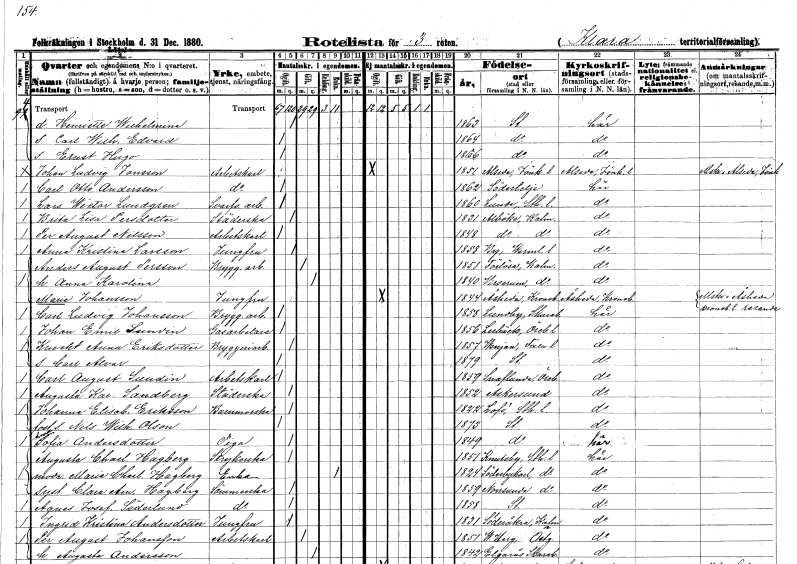
gt_parse: households: individuals: FN: Henriette Wilhelmina
KON: K
CIV: O
FODAR: 1863
FODFORS: Stockholm
FN: Carl Wilhelm Edvard
KON: M
CIV: O
FODAR: 1864
FODFORS: Stockholm
FN: Ernst Hugo
KON: M
CIV: O
FODAR: 1866
FODFORS: Stockholm
FN: Johan Ludvig
EN: Jonsson
YRKE: Arbetskarl
KON: M
CIV: O
FODAR: 1851
FODFORS: Alseda Jönköpings län
FN: Carl Otto
EN: Andersson
YRKE: Arbetskarl
KON: M
CIV: O
FODAR: 1862
FODFORS: Södertälje Stockholms län
FN: Lars Wictor
EN: Lundgren
YRKE: Svarveriarbetare
KON: M
CIV: O
FODAR: 1860
FODFORS: Lunda Stockholms län
FN: Brita Lisa
EN: Persdotter
YRKE: Städerska
KON: K
CIV: O
FODAR: 1831
FODFORS: Alböke Kalmar län
FN: Per August
EN: Nilsson
YRKE: Arbetskarl
KON: M
CIV: O
FODAR: 1848
FODFORS: Alböke Kalmar län
FN: Anna Kristina
EN: Larsson
YRKE: Jungfru
KON: K
CIV: O
FODAR: 1858
FODFORS: By Värmlands län
FN: Anders August
EN: Persson
YRKE: Bryggeriarbetare
KON: M
CIV: G
FODAR: 1851
FODFORS: Förlösa Kalmar län
FN: Anna Karolina
KON: K
CIV: G
FODAR: 1840
FODFORS: Virserum Kalmar län
FN: Maria
EN: Johansson
YRKE: Jungfru
KON: K
CIV: O
FODAR: 1844
FODFORS: Åseda Kronobergs län
FN: Carl Ludvig
EN: Johansson
YRKE: Bryggeriarbetare
KON: M
CIV: O
FODAR: 1858
FODFORS: Lundby Skaraborgs län
FN: Johan Emil
EN: Sundin
YRKE: Gasarbetare
KON: M
CIV: O
FODAR: 1856
FODFORS: Lerbäck Örebro län
FN: Kneckt Anna
EN: Eriksdotter
YRKE: Bryggeriarbetare
KON: K
CIV: O
FODAR: 1857
FODFORS: Venjan Kopparbergs län
FN: Carl Alvar
KON: M
CIV: O
FODAR: 1879
FODFORS: Stockholm
FN: Carl August
EN: Sundin
YRKE: Arbetskarl
KON: M
CIV: O
FODAR: 1859
FODFORS: Snavlunda Örebro län
FN: Augusta Karolina
EN: Sandberg
YRKE: Städerska
KON: K
CIV: O
FODAR: 1852
FODFORS: Askersund Örebro län
FN: Johanna Elisabet
EN: Eriksson
YRKE: Barnmorska
KON: K
CIV: O
FODAR: 1822
FODFORS: Lovö Stockholms län
FN: Nils Wilhelm
EN: Olson
KON: M
CIV: O
FODAR: 1873
FODFORS: Stockholm
FN: Anna Sofia
EN: Andersdotter
YRKE: Piga
KON: K
CIV: O
FODAR: 1849
FODFORS: Stockholm
FN: Augusta Charlotta
EN: Hagberg
YRKE: Strykerska
KON: K
CIV: O
FODAR: 1851
FODFORS: Knutby Uppsala län
FN: Maria Charlotta
EN: Hagberg
YRKE: Änka
KON: K
CIV: E
FODAR: 1824
FODFORS: Söderby-Karl Stockholms län
FN: Clara Amalia
EN: Hagberg
YRKE: Sömmerska
KON: K
CIV: O
FODAR: 1859
FODFORS: Norrsunda Stockholms län
FN: Agnes Josefina
EN: Söderlund
YRKE: Sömmerska
KON: K
CIV: O
FODAR: 1858
FODFORS: Stockholm
FN: Ingrid Kristina
EN: Andersdotter
YRKE: Jungfru
KON: K
CIV: O
FODAR: 1831
FODFORS: Söderåkra Kalmar län
FN: Per August
EN: Johansson
YRKE: Arbetskarl
KON: M
CIV: G
FODAR: 1851
FODFORS: Västra Harg Östergötlands län
FN: Augusta
EN: Andersson
KON: K
CIV: G
FODAR: 1842
FODFORS: Älgarås Skaraborgs län